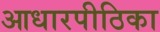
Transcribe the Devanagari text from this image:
आधारपीठिका